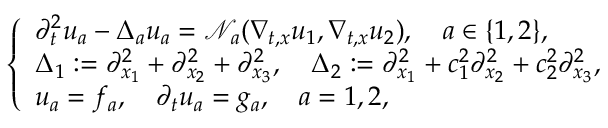
\left\{ \begin{array} { l } { \partial _ { t } ^ { 2 } u _ { a } - \Delta _ { a } u _ { a } = \mathcal { N } _ { a } ( \nabla _ { t , x } u _ { 1 } , \nabla _ { t , x } u _ { 2 } ) , \quad a \in \{ 1 , 2 \} , } \\ { \Delta _ { 1 } : = \partial _ { x _ { 1 } } ^ { 2 } + \partial _ { x _ { 2 } } ^ { 2 } + \partial _ { x _ { 3 } } ^ { 2 } , \quad \Delta _ { 2 } : = \partial _ { x _ { 1 } } ^ { 2 } + c _ { 1 } ^ { 2 } \partial _ { x _ { 2 } } ^ { 2 } + c _ { 2 } ^ { 2 } \partial _ { x _ { 3 } } ^ { 2 } , } \\ { u _ { a } = f _ { a } , \quad \partial _ { t } u _ { a } = g _ { a } , \quad a = 1 , 2 , } \end{array} \right.